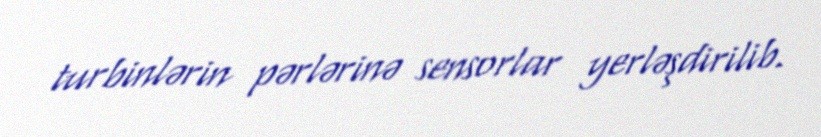
turbinlərin pərlərinə sensorlar yerləşdirilib.